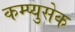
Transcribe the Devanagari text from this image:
कम्प्युसेक